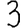
Digit: 3